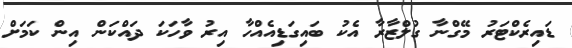
ޑައިރެކްޓަރު މޭގްނާ ގުލްޒާރާ އެކު ބައިގަޑިއެއްހާ އިރު ވާހަކަ ދައްކަން އިން ކަމަށް